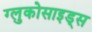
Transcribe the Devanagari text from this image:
ग्लुकोसाइड्‌स